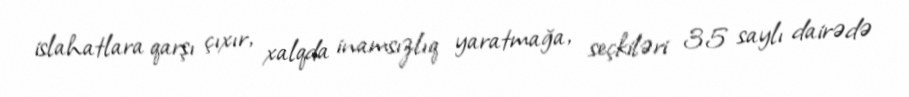
islahatlara qarşı çıxır, xalqda inamsızlıq yaratmağa, seçkiləri 35 saylı dairədə